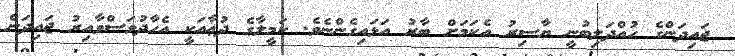
ޖައިދަންގެ ހުއްދަލިބުނީ ޔާސިރު އެކަމަށް ބާރު އަޅައިގެންނެވެ. ކަމީލާގެ ދުޢާއަކީ އެހާދުވަސްވާއިރު ޖައިދަން